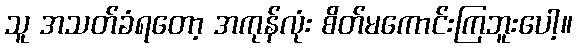
သူ အသတ်ခံရတော့ အကုန်လုံး စိတ်မကောင်းကြဘူးပေါ့။